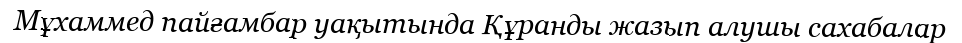
Мұхаммед пайғамбар уақытында Құранды жазып алушы сахабалар